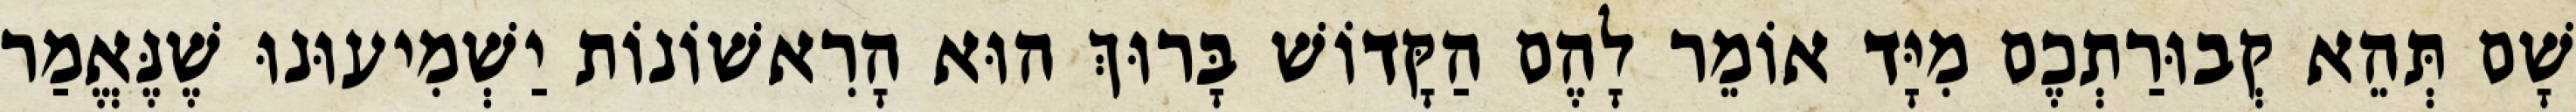
שָׁם תְּהֵא קְבוּרַתְכֶם מִיָּד אוֹמֵר לָהֶם הַקָּדוֹשׁ בָּרוּךְ הוּא הָרִאשׁוֹנוֹת יַשְׁמִיעוּנוּ שֶׁנֶּאֱמַר